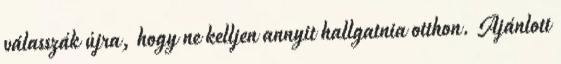
válasszák újra, hogy ne kelljen annyit hallgatnia otthon. Ajánlott